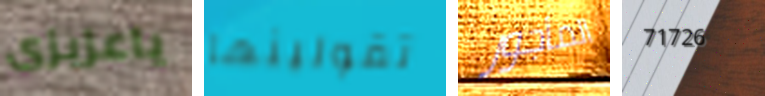
ياعزيزى تقولينها المأجور 71726